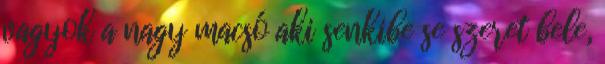
vagyok a nagy macsó aki senkibe se szeret bele,